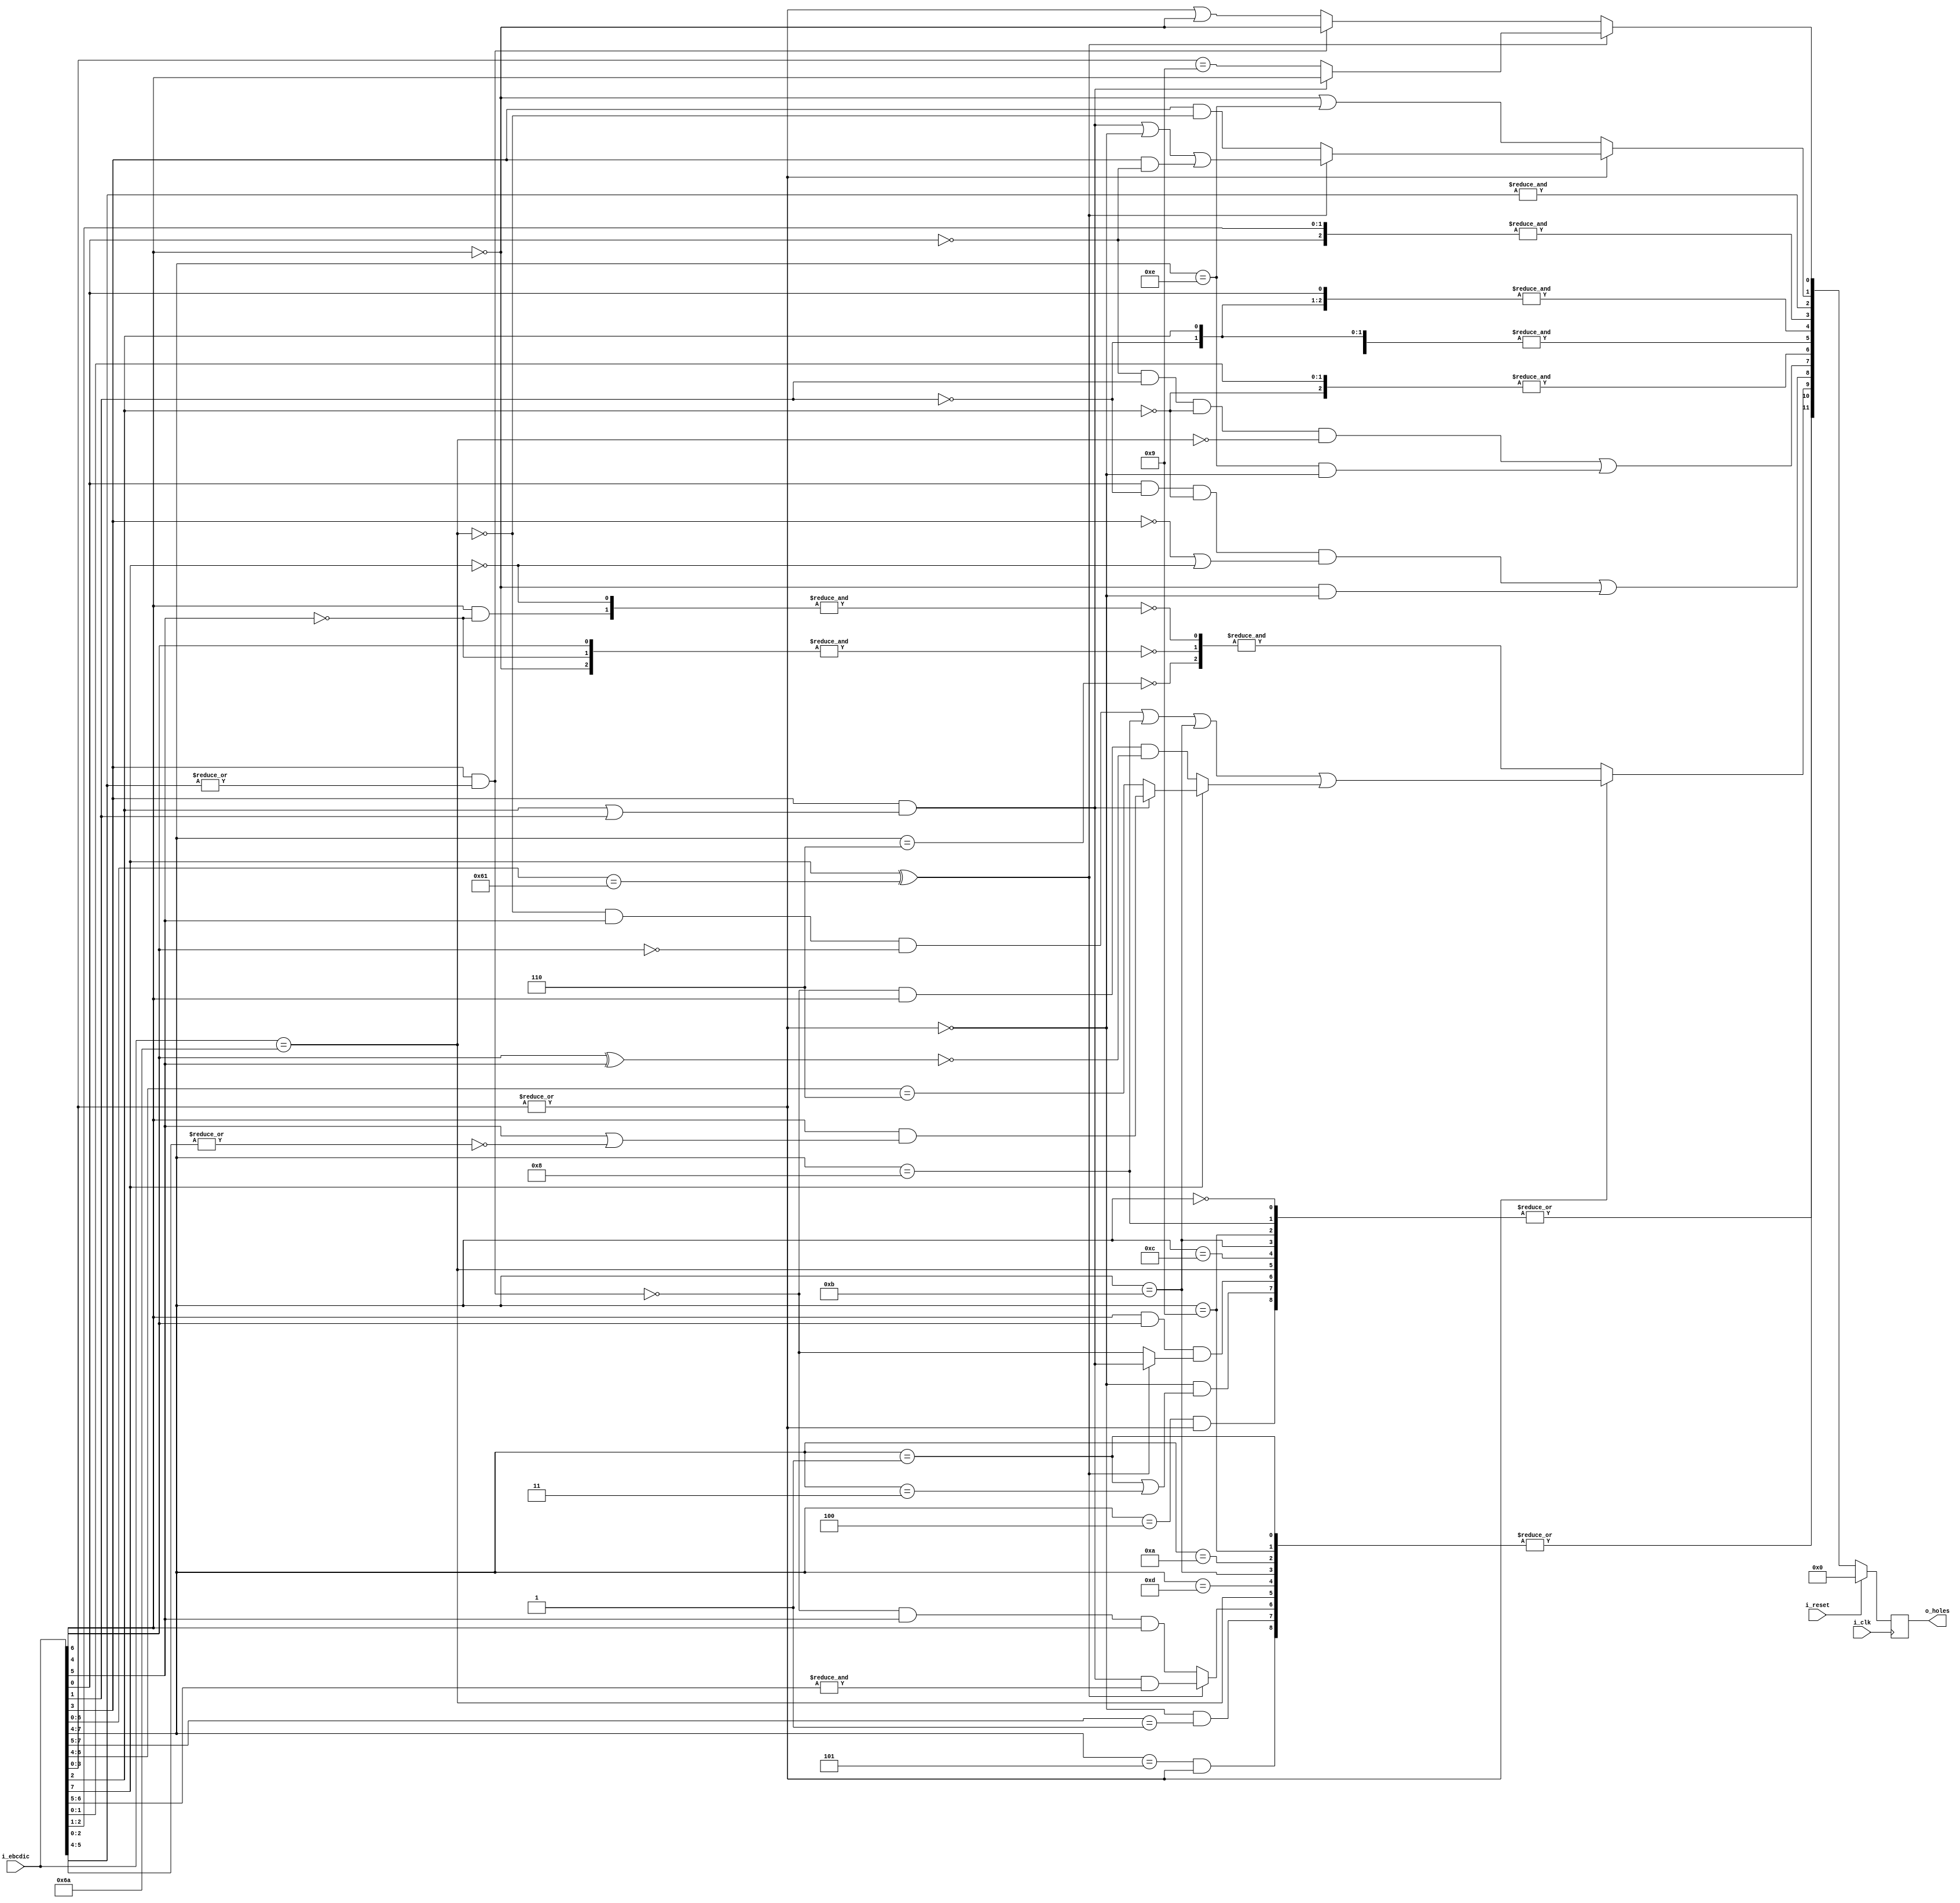
`default_nettype   none
module ccc10(i_clk, i_reset,
	i_ebcdic,
	o_holes);

input wire i_clk;
input wire i_reset;
input wire [7:0] i_ebcdic;
output reg [11:0] o_holes;

// rcornwell hole assignment
// t 800  8 2   4 20	t=twelve top of card
// e 400  7 4   3 40	e = eleven
// 0 200  6 8   2 80
// 9 1    8 10  1 100	9 = bottom of card

// ref: A24-3373-2_Model_30_Operating_Guide_Dec66.pdf
// page 42: Figure 14A. Extended Binary Coded Decimal Interchange Code

// e1 & 61 swap values; note-13 note-14
wire b7_61e1;
assign b7_61e1 = i_ebcdic[7] ^ (i_ebcdic[6:0]==7'h61);

wire hxa,hx9,qn88,hxnz,hx0,v0x,v1x,v3x,v4x,v5x,v6x,v8x,v9x,vax,vbx,vcx,vdx,vex,c6a;
assign hxa=i_ebcdic[3] && (i_ebcdic[2] || i_ebcdic[1]);	// [0-f][a-f]
assign hx9 = (i_ebcdic[3] && |i_ebcdic[2:0]);	// [0-f][9-f]
assign qn88 = (~i_ebcdic[3] || ~i_ebcdic[7]);	// all but [8-f][8-f]
assign hxnz = |i_ebcdic[3:0];			// [f-f][1-f]
assign hx0 = ~hxnz;				// [0-f]0
assign v0x = (i_ebcdic[7:4] == 0);		// 0[0-f]
assign v1x = (i_ebcdic[7:4] == 1);		// 1[0-f]
assign v3x = (i_ebcdic[7:4] == 3);		// 3[0-f]
assign v4x = (i_ebcdic[7:4] == 4);		// 4[0-f]
assign v5x = (i_ebcdic[7:4] == 5);		// 5[0-f]
assign v6x = (i_ebcdic[7:4] == 6);		// 6[0-f]
assign v8x = (i_ebcdic[7:4] == 8);		// 8[0-f]
assign v9x = (i_ebcdic[7:4] == 9);		// 9[0-f]
assign vax = (i_ebcdic[7:4] == 10);		// a[0-f]
assign vbx = (i_ebcdic[7:4] == 11);		// b[0-f]
assign vcx = (i_ebcdic[7:4] == 12);		// c[0-f]
assign vdx = (i_ebcdic[7:4] == 13);		// d[0-f]
assign vex = (i_ebcdic[7:4] == 14);		// e[0-f] except 61 not e1
assign c6a = (i_ebcdic == 'h6a);		// just 6a note-15

wire hT,hE,h0,h1,h2,h3,h4,h5,h6,h7,h8,h9;

wire [11:0] next_holes;

assign	hT = |{v0x , (v4x&~hx0) , v8x , v9x , vbx , vcx , c6a ,
		(hx0 & (v1x | v3x)) ,		// 10 30
		(i_ebcdic[6] & i_ebcdic[4] & (b7_61e1 ?
			hxa			// [df][a-f]
			: ~hx9			// [57][0-8]
		))};
assign	hE= |{v1x , (v5x & ~hx0) , v9x , vax , vbx , vdx , c6a ,
		(hx0 & i_ebcdic[7:5]==1) ,		// [12]0
		(b7_61e1 ? (hxa & &i_ebcdic[6:5])	// [ef][a-f]
		: (~hx9& i_ebcdic[5] && i_ebcdic[6]))};	// [67][0-8]
assign	h0= hx0 ? &{	// [0-9a-f]0
		~v6x,						// except 60
		~&{~i_ebcdic[6], ~i_ebcdic[5], i_ebcdic[4] },	// 10 90
		~&{~i_ebcdic[7], i_ebcdic[6]&~i_ebcdic[5] }}	// 40 50
	: ((~c6a&i_ebcdic[5] & ~i_ebcdic[4])|v8x|vbx)
		|(i_ebcdic[7] ? (	// 80-ff
			hxa ?		// [8-f][a-f]
				(i_ebcdic[6] & (i_ebcdic[5] | ~|i_ebcdic[5:4]))	// [cef][a-f]
			:
				i_ebcdic[6:4] == 6		// e[0-9]
		)
		: ( ~hx9 && i_ebcdic[6] && !(i_ebcdic[4] ^ i_ebcdic[5]))	// [47][0-8]
		);
assign	h1=(i_ebcdic[0]&~i_ebcdic[1]&~i_ebcdic[2]&qn88)	// [8-f][19]
		| (~i_ebcdic[6]&hx0);			// [0-38-b]0
assign	h2=(~i_ebcdic[0]&i_ebcdic[1]&~i_ebcdic[2]&!c6a)	// [0-f][2a] except 6a
		| (vex&hx0);				// e0
assign	h3=&{i_ebcdic[0],i_ebcdic[1],~i_ebcdic[2]}; // 0&1&~2
assign	h4=&{~i_ebcdic[0],~i_ebcdic[1],i_ebcdic[2]}; // ~0&~1&2
	// 4 [5]
assign	h5=&{i_ebcdic[0],~i_ebcdic[1],i_ebcdic[2]}; // 0&~1&2
	// 3 [6]
assign	h6=&{~i_ebcdic[0],i_ebcdic[1],i_ebcdic[2]}; // ~0&1&2
	// 2 [7]
assign	h7=&{i_ebcdic[0],i_ebcdic[1],i_ebcdic[2]}; // 0&1&2
	// 1 [8]
assign	h8 =
	hx0 ? (~i_ebcdic[6] | vex)		// [0-38-be]0
		: b7_61e1 ? (hxa		// [8-f][a-f]
		| hx0				// [8-f]0
		| (i_ebcdic[3]			// [8-f][8]
			& (~i_ebcdic[0])))	// but not [8-f]9
		: (i_ebcdic[3] & ~c6a);		// [8-f][89],[0-7][8-f] except 6a
	// 0 [9]
assign	h9 = b7_61e1 ?
		hxa ?
			i_ebcdic[6] 		// [c-f][a-f]
		:	(i_ebcdic[3:0] == 9)	// [8-f]9
	: hx9 ?
		~i_ebcdic[6]			// [0-3][9-f]
	: (hxnz | ~i_ebcdic[6]);	// [0-7][1-8] || [0-3]0
assign next_holes = {hT,hE,h0,h1,h2,h3,h4,h5,h6,h7,h8,h9};

always @(posedge i_clk)
	if (i_reset) begin
		o_holes <= 0;
	end else begin
		o_holes <= next_holes;
	end

endmodule